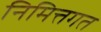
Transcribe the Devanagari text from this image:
निमित्तगत